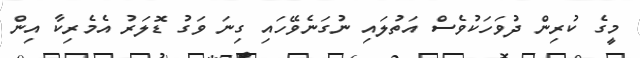
މީގެ ކުރިން ދުވަހަކުވެސް އަތުލައި ނުގަނެވޭހައި ގިނަ ވަގު ޑޮލަރު އެމެރިކާ އިން